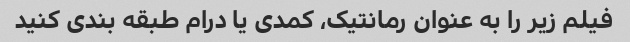
فیلم زیر را به عنوان رمانتیک، کمدی یا درام طبقه بندی کنید